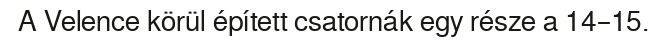
A Velence körül épített csatornák egy része a 14–15.